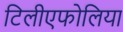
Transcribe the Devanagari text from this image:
टिलीएफोलिया